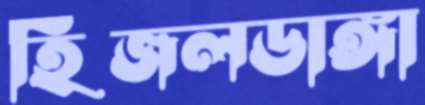
হিজলডাঙ্গা